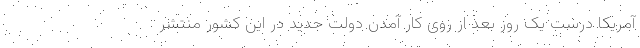
آمریکا درست یک روز بعد از روی کار آمدن دولت جدید در این کشور منتشر